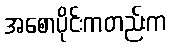
အစောပိုင်းကတည်းက